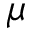
\mu